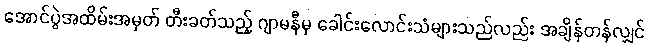
အောင်ပွဲအထိမ်းအမှတ် တီးခတ်သည့် ဂျာမနီမှ ခေါင်းလောင်းသံများသည်လည်း အချိန်တန်လျှင်